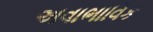
અવાભાવિક